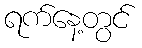
ရက်နေ့တွင်